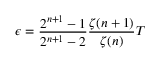
\epsilon = \frac { 2 ^ { n + 1 } - 1 } { 2 ^ { n + 1 } - 2 } \frac { \zeta ( n + 1 ) } { \zeta ( n ) } T